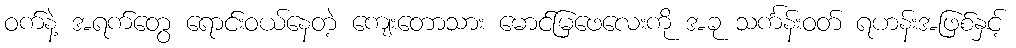
ဝက်နဲ့ အရက်တွေ ရောင်းဝယ်နေတဲ့ ကျေးတောသား မောင်မြဖေလေးကို အခု သင်္ကန်းဝတ် ရဟန်းအဖြစ်နှင့်